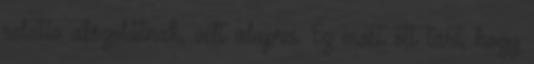
relatív abszolútnak, vélt alapra. Ez most ott tart, hogy